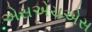
એસએચએસ